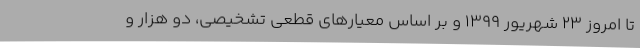
تا امروز 23 شهریور 1399 و بر اساس معیارهای قطعی تشخیصی، دو هزار و